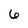
Character: 6